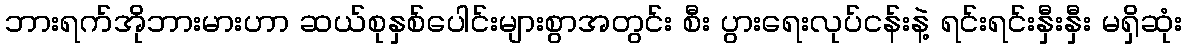
ဘားရက်အိုဘားမားဟာ ဆယ်စုနှစ်ပေါင်းများစွာအတွင်း စီး ပွားရေးလုပ်ငန်းနဲ့ ရင်းရင်းနှီးနှီး မရှိဆုံး